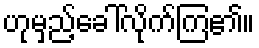
ဟုမှည့်ခေါ်လိုက်ကြ၏။